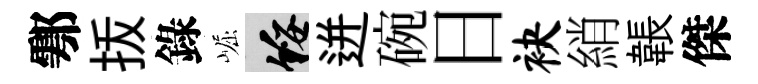
鄠㧞錄崛綏迸碗日袂綃韔傑